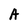
Character: A